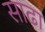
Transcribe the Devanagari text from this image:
साढा